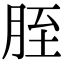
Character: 胵